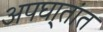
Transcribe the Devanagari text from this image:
अपघा्तांत